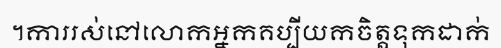
។ការរស់នៅលោកអ្នកគប្បីយកចិត្តទុកដាក់